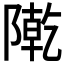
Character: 𨼃